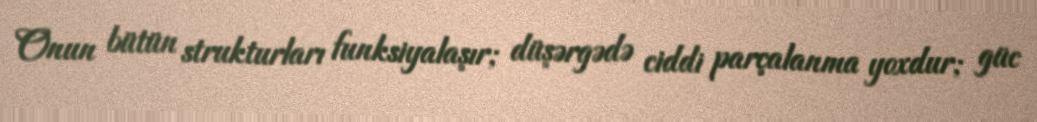
Onun bütün strukturları funksiyalaşır; düşərgədə ciddi parçalanma yoxdur; güc